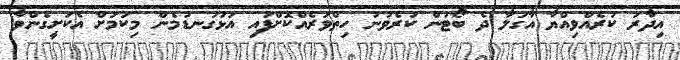
އިދާރަ ކުރެއްވިއްޔާ އާގަލާ ދެ ބޯޓުން ކުރެވުނު ހިތްވަރެއްކޮށްފައި އަޅުގަނޑުމެން މިކަމަށް އެކަށީގެންވާ